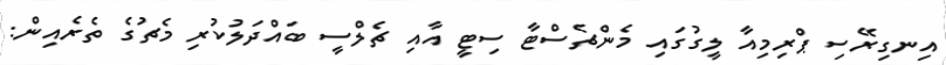
އިނގިރޭސި ޕްރިމިއާ ލީގުގައި މެންޗެސްޓާ ސިޓީ އާއި ޗެލްސީ ބައްދަލުކުރި މެޗުގެ ތެރެއިން: